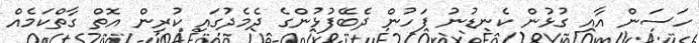
ހަސަން އާއި ގުޅުން ކެނޑުނު ފަހުން ދެބޭފުޅުންގެ ދެމެދުގައި ކުރިން އޮތް ގާތްކަމެއް